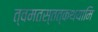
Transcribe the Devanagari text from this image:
त्वमतस्तत्कथयामि